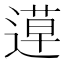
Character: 𨕡